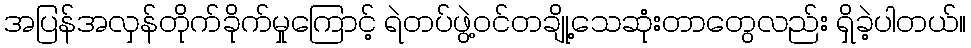
အပြန်အလှန်တိုက်ခိုက်မှုကြောင့် ရဲတပ်ဖွဲ့ဝင်တချို့သေဆုံးတာတွေလည်း ရှိခဲ့ပါတယ်။